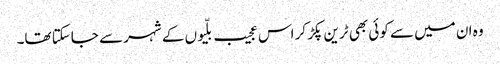
وہ ان میں سے کوئی بھی ٹرین پکڑ کر اس عجیب بلّیوں کے شہر سے جاسکتا تھا۔